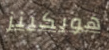
هوبكينز